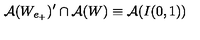
\mathcal { A } ( W _ { e _ { + } } ) ^ { \prime } \cap \mathcal { A } ( W ) \equiv \mathcal { A } ( I ( 0 , 1 ) )